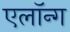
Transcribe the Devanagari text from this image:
एलॉन्ग